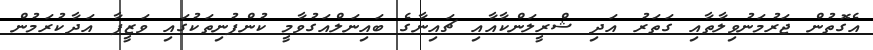
އެގޮތުން ޖަރުމަނުވިލާތާއި ގަތަރު އަދި ޝްރީލަންކާއާއި ޗައިނާގެ ބައިނަލްއަގުވާމީ ކުންފުނިތަކުގައި ވަޒީފާ އަދާކުރަމުން